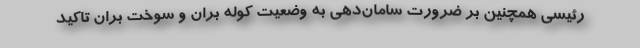
رئیسی همچنین بر ضرورت سامان‌دهی به وضعیت کوله بران و سوخت بران تاکید